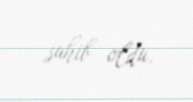
sahib oldu.